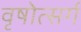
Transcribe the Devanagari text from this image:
वृषोत्सर्ग